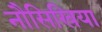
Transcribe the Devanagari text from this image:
नौसिखिया